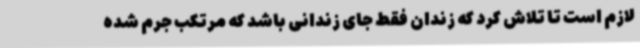
لازم است تا تلاش کرد که زندان فقط جای زندانی باشد که مرتکب جرم شده